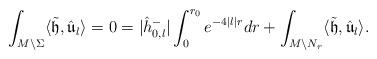
LaTeX: \begin{align*}\int_{M\setminus\Sigma}\langle \tilde{\mathfrak{h}},\hat{\mathfrak{u}}_l \rangle=0=|\hat{h}^-_{0,l}|\int_0^{r_0}e^{-4|l|r}dr+\int_{M\setminus N_r}\langle \tilde{\mathfrak{h}},\hat{\mathfrak{u}}_l \rangle.\end{align*}